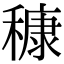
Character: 穅